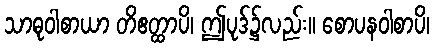
သာဓုဝါစာယာ တိဧတ္ထာပိ၊ ဤပုဒ်၌လည်း။ စောပနဝါစာပိ၊